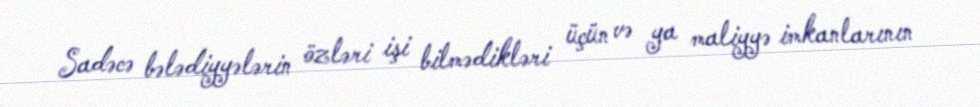
Sadəcə bələdiyyələrin özləri işi bilmədikləri üçün və ya maliyyə imkanlarının